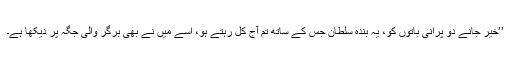
’’خیر جانے دو پرانی باتوں کو، یہ بندہ سلطان جس کے ساتھ تم آج کل رہتے ہو، اسے میں نے بھی برگر والی جگہ پر دیکھا ہے۔